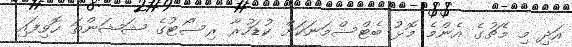
އަދި މި މެޗުގެ އެންމެ މޮޅު ބެޓްސްމަނަކަށް ކުޑަހުރާ ރިސޯޓުގެ ޝަޝަންތަ ހޮވިފައި